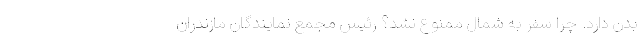
بدن دارد. چرا سفر به شمال ممنو‌ع نشد؟ رئیس مجمع نمایندگان مازندران